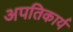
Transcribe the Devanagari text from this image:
अपतिकार्य